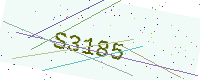
Text: S3185